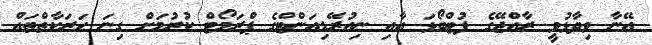
އޭނާ ވިދާޅުވީ ރާއްޖޭގެ ފުޓްބޯޅަ އާއި ނިއުރޭޑިއަންޓްގެ ޕްރަމޯޓް ކުރުމަށް ގިނަ ހަރަކާތްތައް